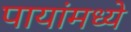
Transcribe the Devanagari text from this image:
पायांमध्ये